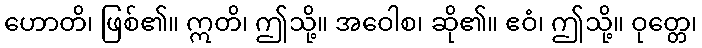
ဟောတိ၊ ဖြစ်၏။ ဣတိ၊ ဤသို့။ အဝေါစ၊ ဆို၏။ ဧဝံ၊ ဤသို့။ ဝုတ္တေ၊